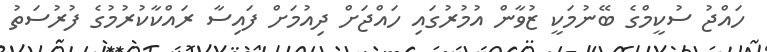
ހައްޖު ސުކީމްގެ ބޭނުމަކީ ޒުވާން އުމުރުގައި ހައްޖަށް ދިއުމަށް ފައިސާ ރައްކާކުރުމުގެ ފުރުސަތު